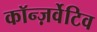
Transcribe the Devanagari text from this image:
कॉन्ज़र्वेटिव